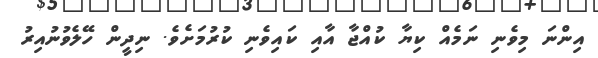
އިންނަ މިވެނި ނަމެއް ކިޔާ ކުއްޖާ އާއި ކައިވެނި ކުރުމަށެވެ. ނިދީން ހޭލެވުނުއިރު